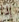
إذا